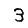
Digit: 3